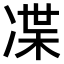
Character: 𠗨